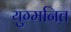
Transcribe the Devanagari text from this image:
युग्‍मनित